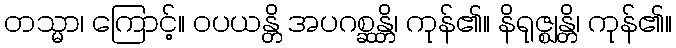
တသ္မာ၊ ကြောင့်။ ဝပယန္တိ အပဂစ္ဆန္တိ၊ ကုန်၏။ နိရုဇ္ဈန္တိ၊ ကုန်၏။